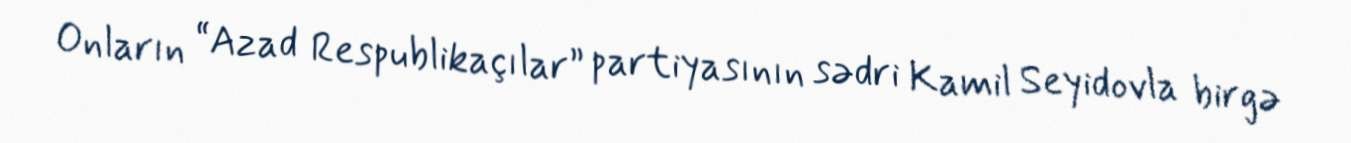
Onların “Azad Respublikaçılar” partiyasının sədri Kamil Seyidovla birgə